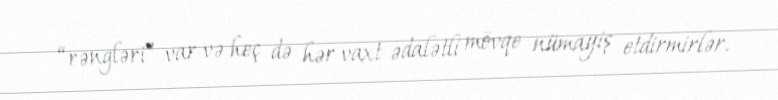
“rəngləri” var və heç də hər vaxt ədalətli mövqe nümayiş etdirmirlər.